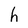
Character: h